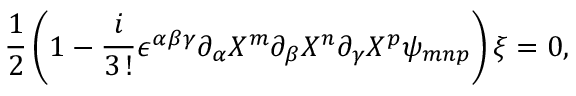
\frac { 1 } { 2 } \left( 1 - \frac { i } { 3 \, ! } \epsilon ^ { \alpha \beta \gamma } \partial _ { \alpha } X ^ { m } \partial _ { \beta } X ^ { n } \partial _ { \gamma } X ^ { p } \psi _ { m n p } \right) \xi = 0 ,